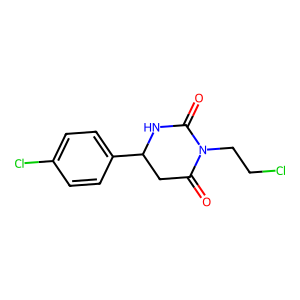
SMILES: O=C1CC(c2ccc(Cl)cc2)NC(=O)N1CCCl
Inhibits HIV replication: No